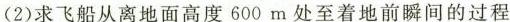
（2）求飞船从离地面高度600m处至着地前瞬间的过程